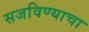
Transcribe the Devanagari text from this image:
सजविण्याचा